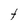
Character: t